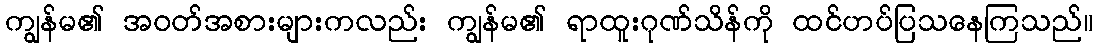
ကျွန်မ၏ အဝတ်အစားများကလည်း ကျွန်မ၏ ရာထူးဂုဏ်သိန်ကို ထင်ဟပ်ပြသနေကြသည်။